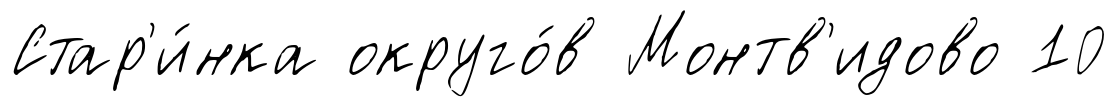
Стар'и́нка округо́в Монтв'идово 10